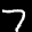
Label: 7